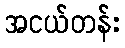
အငယ်တန်း